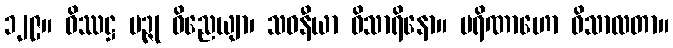
၁၂၉။ ဝိဿဋ္ဌ မဉ္ဇု ဝိညေယျာ၊ သဝနီယာ ဝိသာရိနော။ ပရိဏာဟော ဝိသာလတာ။